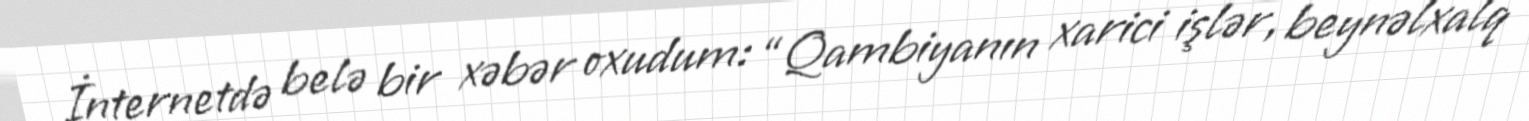
İnternetdə belə bir xəbər oxudum: “Qambiyanın xarici işlər, beynəlxalq